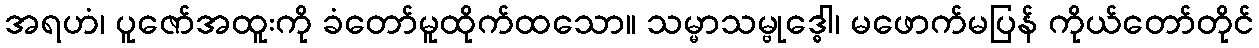
အရဟံ၊ ပူဇော်အထူးကို ခံတော်မူထိုက်ထသော။ သမ္မာသမ္ဗုဒ္ဓေါ၊ မဖောက်မပြန် ကိုယ်တော်တိုင်